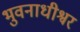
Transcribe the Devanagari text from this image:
भुवनाधीश्वर